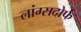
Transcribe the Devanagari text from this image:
लांग्सदोर्फ